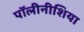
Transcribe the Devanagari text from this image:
पॉलीनीशिया